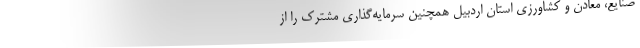
صنایع، معادن و کشاورزی استان اردبیل همچنین سرمایه‌گذاری مشترک را از